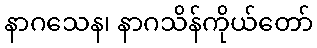
နာဂသေန၊ နာဂသိန်ကိုယ်တော်